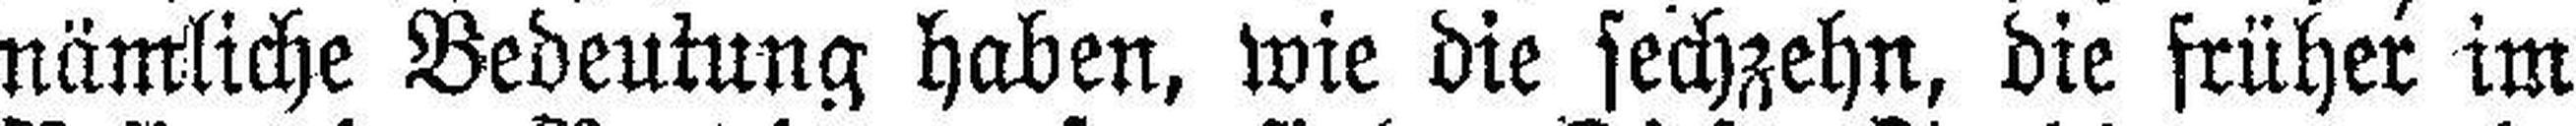
nämliche Bedeutung haben, wie die sechzehn, die früher im